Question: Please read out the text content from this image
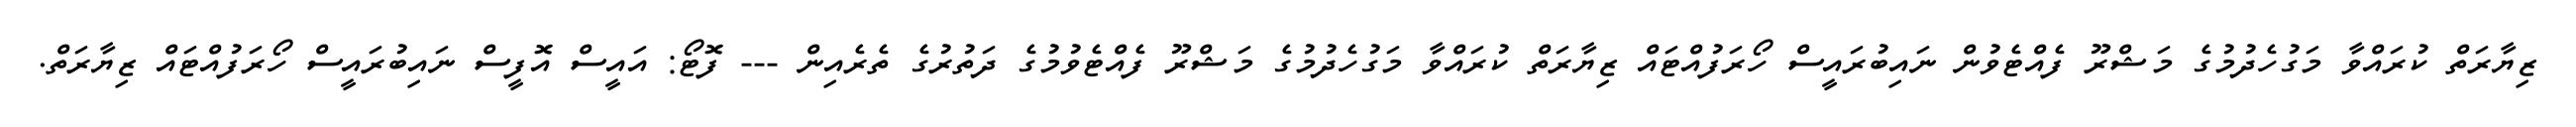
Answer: ޒިޔާރަތް ކުރައްވާ މަގުހެދުމުގެ މަޝްރޫ ފެއްޓެވުން ނައިބުރައީސް ހޯރަފުއްޓައް ޒިޔާރަތް ކުރައްވާ މަގުހެދުމުގެ މަޝްރޫ ފެއްޓެވުމުގެ ދަތުރުގެ ތެރެއިން --- ފޮޓޯ: އައީސް އޮފީސް ނައިބުރައީސް ހޯރަފުއްޓައް ޒިޔާރަތް.